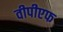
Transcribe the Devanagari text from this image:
वीपीएफ